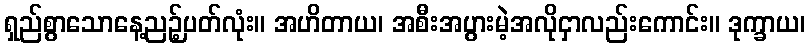
ရှည်စွာသောနေ့ညဉ့်ပတ်လုံး။ အဟိတာယ၊ အစီးအပွားမဲ့အလိုငှာလည်းကောင်း။ ဒုက္ခာယ၊